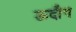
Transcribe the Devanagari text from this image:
ऊदौग